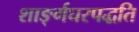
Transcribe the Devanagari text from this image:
शाङ्‌र्गघरपद्धति